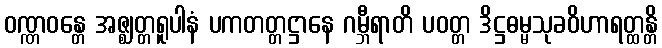
ဝဏ္ဏဝန္တေ အဇ္ဈတ္တရူပါနံ ပကတတ္တဋ္ဌာနေ ဂမ္ဘီရာတိ ပဝတ္တ ဒိဋ္ဌဓမ္မသုခဝိဟာရတ္ထန္တိ